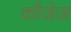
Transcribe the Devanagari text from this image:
कौजेज